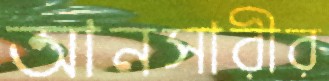
আনসারীর